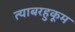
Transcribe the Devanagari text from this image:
त्याबरहुकूम